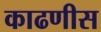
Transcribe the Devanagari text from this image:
काढणीस